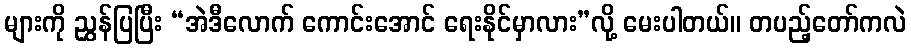
များကို ညွှန်ပြပြီး “အဲဒီလောက် ကောင်းအောင် ရေးနိုင်မှာလား”လို့ မေးပါတယ်။ တပည့်တော်ကလဲ